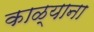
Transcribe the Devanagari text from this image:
काळ्याना